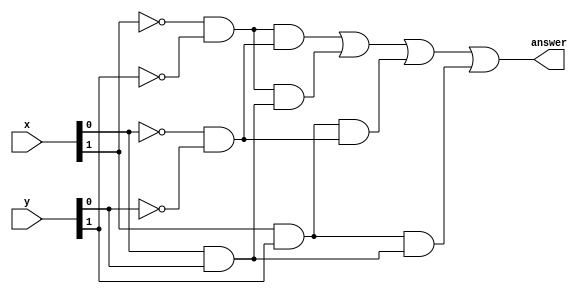
module twobitcomp(
    input wire [1:0] x,
    input wire [1:0] y,
    output wire answer

);
wire p0,p1,p2,p3;

assign p0= (~x[1]&~y[1])&(~x[0]&~y[0]);
assign p1= (~x[1]&~y[1])&(x[0]&y[0]);
assign p2= (x[1]&y[1])&(~x[0]&~y[0]);
assign p3= (x[1]&y[1])&(x[0]&y[0]);
assign answer= p0|p1|p2|p3;

endmodule